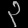
Digit: ၃